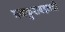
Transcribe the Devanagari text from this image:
मजकुराबद्दलची